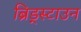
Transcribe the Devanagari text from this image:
ब्रिड्स्टाउन